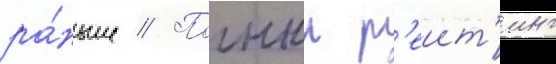
ра́ньше // Полныи р'еит'инг